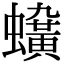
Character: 𧓛